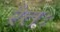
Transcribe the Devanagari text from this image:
रेतः